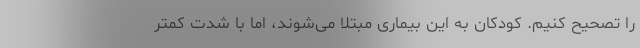
را تصحیح کنیم. کودکان به این بیماری مبتلا می‌شوند، اما با شدت کمتر